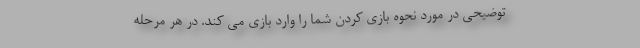
توضیحی در مورد نحوه بازی کردن شما را وارد بازی می کند. در هر مرحله